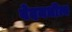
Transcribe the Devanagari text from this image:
वेदमधीत्य